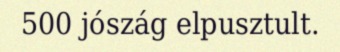
500 jószág elpusztult.